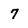
Character: 7